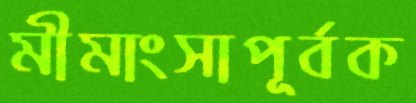
মীমাংসাপূর্বক